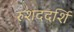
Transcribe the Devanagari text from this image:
रुशददर्शि